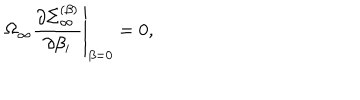
LaTeX: \Omega _ { \infty } \left. { \frac { \partial \Sigma _ { \infty } ^ { ( \beta ) } } { \partial \beta _ { i } } } \right| _ { \beta = 0 } = 0 ,